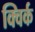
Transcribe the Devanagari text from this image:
क्विर्क